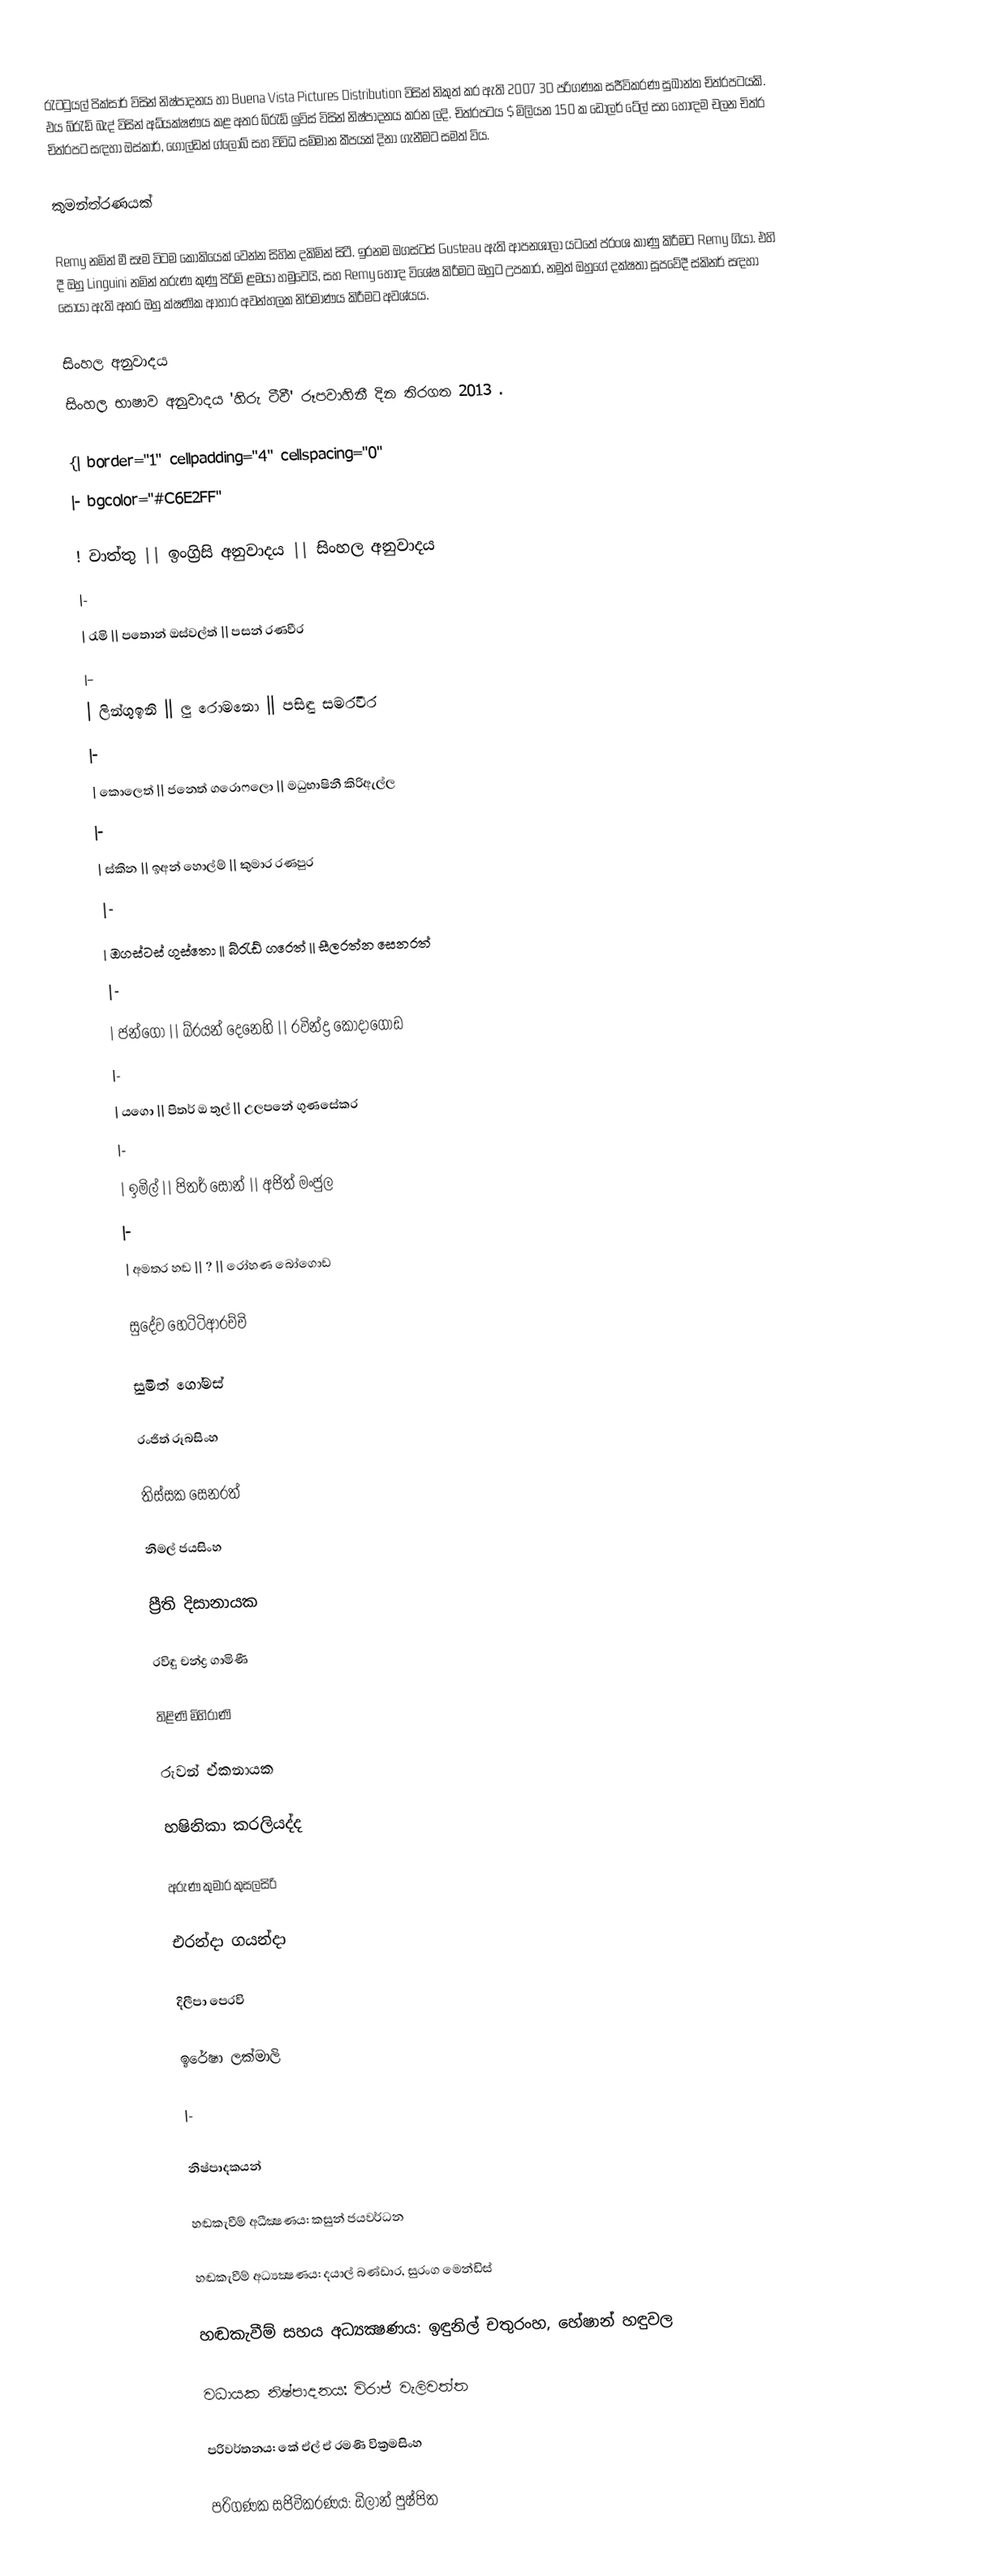
රැටටුයල් පික්සාර් විසින් නිෂ්පාදනය හා Buena Vista Pictures Distribution විසින් නිකුත් කර ඇති 2007 3D පරිගණක සජීවිකරණ සුඛාන්ත චිත්රපටයකි. එය බ්රැඩ් බැද්  විසින් අධ්යක්ෂණය කළ අතර බ්රැඩ් ලුවිස් විසින් නිෂ්පාදනය කරන ලදි. චිත්රපටය $ මිලියන 150 ක ඩොලර්  ටේල් සහ හොඳම චලන චිත්ර චිත්රපට සඳහා ඔස්කාර්, ගෝල්ඩන් ග්ලෝබ් සහ විවිධ සම්මාන කීපයක් දිනා ගැනීමට සමත් විය.

කුමන්ත්රණයක්

Remy නමින් මී සෑම විටම කෝකියෙක් වෙන්න සිහින දකිමින් සිටී.  ඉරනම ඔගස්ටස් Gusteau ඇති ආපනශාලා යටතේ ප්රංශ කාණු කිරීමට Remy ගියා. එහි දී ඔහු Linguini නමින් තරුණ කුණු පිරිමි ළමයා හමුවෙයි, සහ Remy හොඳ විශේෂ කිරීමට ඔහුට උපකාර, නමුත් ඔහුගේ දක්ෂතා සූපවේදී ස්කිනර් සඳහා සොයා ඇති අතර ඔහු ක්ෂණික ආහාර අවන්හලක නිර්මාණය කිරීමට අවශ්යය.

සිංහල අනුවාදය
සිංහල භාෂාව අනුවාදය 'හිරු ටීවී' රූපවාහිනී දින තිරගත 2013 .

{| border="1" cellpadding="4" cellspacing="0"
|- bgcolor="#C6E2FF"

! වාත්තු || ඉංග්‍රිසි අනුවාදය || සිංහල අනුවාදය
|-
| රැමි || පතොන් ඔස්වල්ත් || පසන් රණවීර
|-
| ලින්ගුඉනි || ලු රොමනො || පසිඳු සමරවීර
|-
| කොලෙත් || ජනෙත් ගරොෆලො || මධුභාෂිනී කිරිඇල්ල
|-
| ස්කින || ඉඅන් හොල්ම් || කුමාර රණපුර
|-
| ඔගස්ටස් ගුස්තො || බ්රැඩ් ගරෙත් || සීලරත්න සෙනරත්
|-
| ජන්ගො || බ්රයන් දෙනෙහි || රවින්ද්‍ර කෝදාගොඩ
|-
| යගො || පිතර් ඔ තුල් || උලපනේ ගුණසේකර
|-
| ඉමිල් || පිතර් සොන් || අජිත් මංජුල
|-
| අමතර හඬ || ? || රෝහණ බෝගොඩ

සුදේව හෙටිටිආරච්චි

සුමිත් ගෝමස්

රංජිත් රූබසිංහ

තිස්සක සෙනරත්

නිමල් ජයසිංහ

ප්‍රීති දිසානායක

රවිඳු චන්ද්‍ර ගාමිණී

තිළිණි මිහිරාණි

රුවන් ඒකනායක

හෂිනිකා කරලියද්ද

අරුණ කුමාර කුසලසිරි

එරන්දා ගයන්දා

දිලීපා පෙරවි

ඉරේෂා ලක්මාලි

|-

නිෂ්පාදකයන්

හඬකැවීම් අධීක්‍ෂණය: කසුන් ජයවර්ධන

හඬකැවීම් අධ්‍යක්‍ෂණය: දයාල් බණ්ඩාර, සුරංග මෙන්ඩිස්

හඬකැවීම් සහය අධ්‍යක්‍ෂණය: ඉඳුනිල් චතුරංහ, හේෂාන් හඳුවල

වධායක නිෂ්පාදනය: විරාජ් වැලිවත්ත

පරිවර්තනය: කේ ඒල් ඒ රමණි වික්‍රමසිංහ

පරිගණක සජිවිකරණය: ඩිලාන් පුෂ්පිත